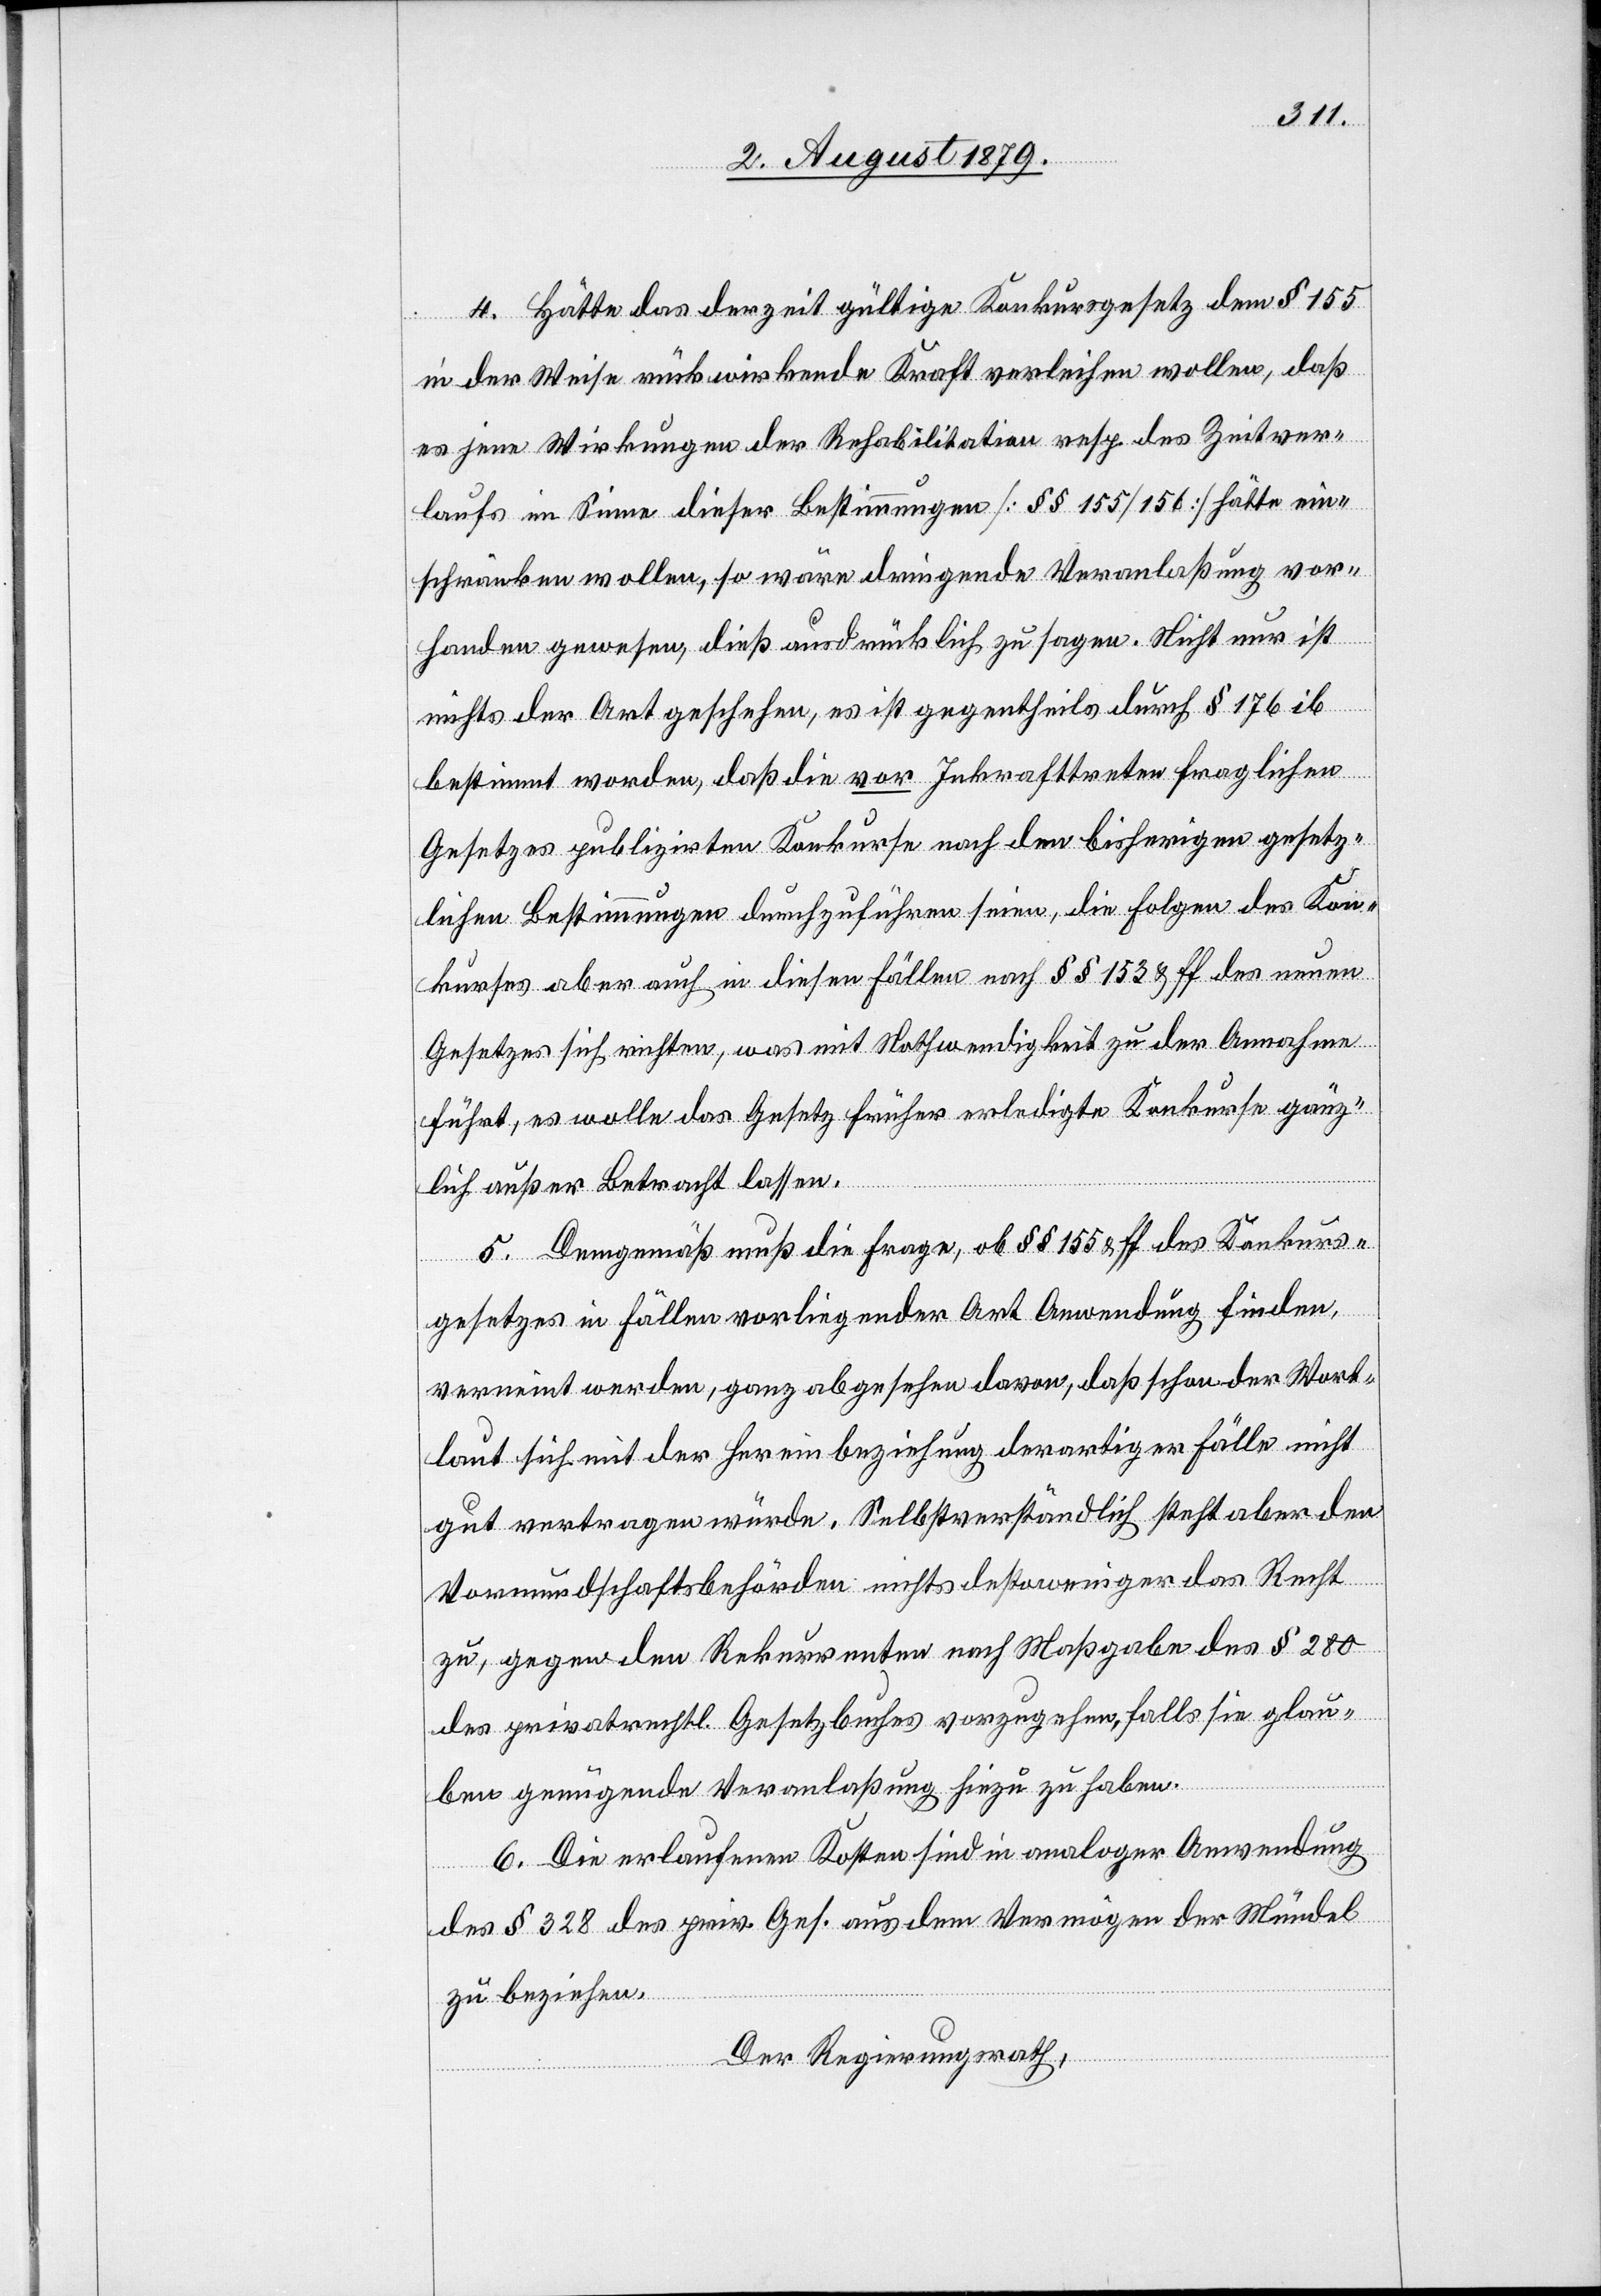
4. Hätte das derzeit gütlige Konkursgesetz dem § 155
in der Weise rückwirkende Kraft verleihen wollen, daß
es jene Wirkungen der Rehabilitation resp. des Zeitver¬
laufs im Sinne dieser Bestimmungen [§§ 155/156] hätte ein¬
schränken wollen, so wäre dringende Veranlaßung vor¬
handen gewesen, dieß ausdrücklich zu sagen. Nicht nur ist
nichts der Art geschehen, es ist gegentheils durch § 176 ib
bestimmt worden, daß die vor Inkrafttreten fraglichen
Gesetzes publizirten Konkurse nach den bisherigen gesetz¬
lichen Bestimmungen durchzuführen sein, die Folgen des Kon¬
kurses aber auch in diesen Fällen nach §§ 153 & ff des neuen
Gesetzes sich richten, was mit Nothwendigkeit zu der Annahme
führt, es wolle das Gesetz früher erledigte Konkurse gänz¬
lich außer Betracht lassen.
5. Demgemäß muß die Frage, ob §§ 155 & ff. des Konkurs¬
gesetzes in Fällen vorliegender Art Anwendung finden,
verneint werden, ganz abgesehen davon, daß schon der Wort¬
laut sich mit der Hereinbeziehung derartiger Fälle nicht
gut vertragen würde. Selbstverständlich steht aber den
Vormundschaftsbehörden nichts desto weniger das Recht
zu, gegen den Rekurrenten nach Maßgabe des § 280
des privatrechtl. Gesetzbuches vorzugehen, falls sie glau¬
ben genügende Veranlaßung hiezu zu haben.
6. Die erlaufenen Kosten sind in analoger Anwendung
des § 328 des priv. Ges. aus dem Vermögen der Mündel
zu beziehen.
Der Regierungsrath,